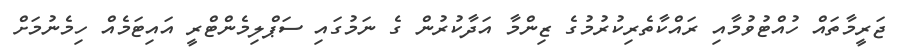
ޖަރީމާތައް ހުއްޓުވުމާއި ރައްކާތެރިކުރުމުގެ ޒިންމާ އަދާކުރުން ގެ ނަމުގައި ސަޕްލިމެންޓްރީ އައިޓަމެއް ހިމެނުމަށް